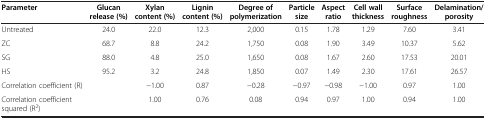
<table><thead><tr><td><b>Parameter</b></td><td><b>Glucan release (%)</b></td><td><b>Xylan content (%)</b></td><td><b>Lignin content (%)</b></td><td><b>Degree of polymerization</b></td><td><b>Particle size</b></td><td><b>Aspect ratio</b></td><td><b>Cell wall thickness</b></td><td><b>Surface roughness</b></td><td><b>Delamination/ porosity</b></td></tr></thead><tbody><tr><td>Untreated</td><td>24.0</td><td>22.0</td><td>12.3</td><td>2,000</td><td>0.15</td><td>1.78</td><td>1.29</td><td>7.60</td><td>3.41</td></tr><tr><td>ZC</td><td>68.7</td><td>8.8</td><td>24.2</td><td>1,750</td><td>0.08</td><td>1.90</td><td>3.49</td><td>10.37</td><td>5.62</td></tr><tr><td>SG</td><td>88.0</td><td>4.8</td><td>25.0</td><td>1,650</td><td>0.08</td><td>1.67</td><td>2.60</td><td>17.53</td><td>20.01</td></tr><tr><td>HS</td><td>95.2</td><td>3.2</td><td>24.8</td><td>1,850</td><td>0.07</td><td>1.49</td><td>2.30</td><td>17.61</td><td>26.57</td></tr><tr><td>Correlation coefficient (R)</td><td> </td><td>−1.00</td><td>0.87</td><td>−0.28</td><td>−0.97</td><td>−0.98</td><td>−1.00</td><td>0.97</td><td>1.00</td></tr><tr><td>Correlation coefficient squared (R<sup>2</sup>)</td><td> </td><td>1.00</td><td>0.76</td><td>0.08</td><td>0.94</td><td>0.97</td><td>1.00</td><td>0.94</td><td>1.00</td></tr></tbody></table>